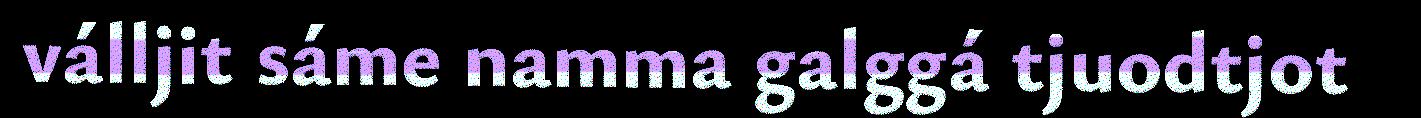
válljit sáme namma galggá tjuodtjot